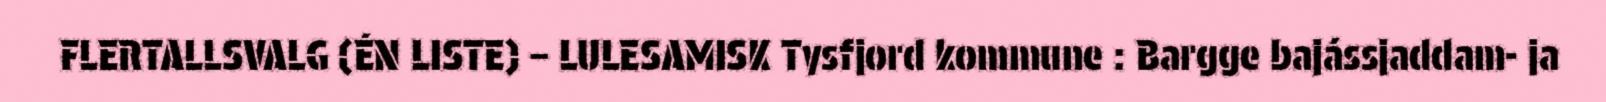
FLERTALLSVALG (ÉN LISTE) – LULESAMISK Tysfjord kommune : Bargge bajássjaddam- ja